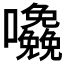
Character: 𱕷